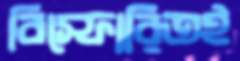
বিস্ফোরিতই